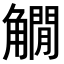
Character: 𧤽